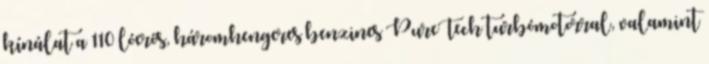
kínálat a 110 lóerős, háromhengeres benzines PureTech turbómotorral, valamint